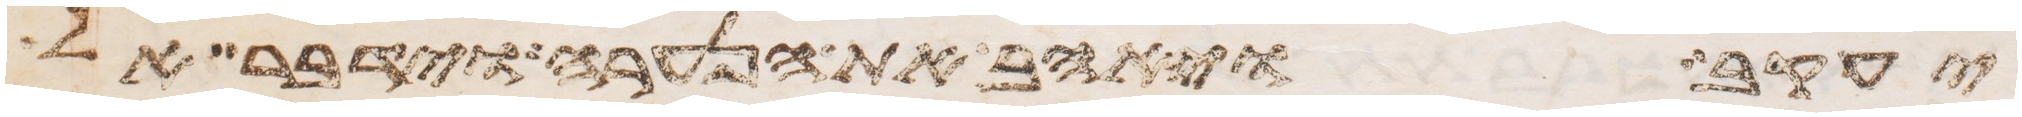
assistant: יעקב ויאהב את הנערה וידבר אל